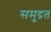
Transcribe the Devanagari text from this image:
समुद्रत